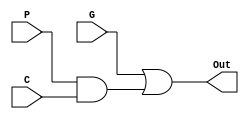
module carryLA(G, P, C, Out);
    input G, P, C;
    output Out;

    assign Out = G | (P & C);
endmodule